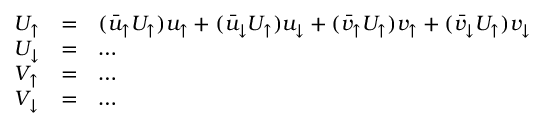
\begin{array} { l l l l } { { U _ { \uparrow } } } & { { = } } & { { ( { \bar { u } _ { \uparrow } } U _ { \uparrow } ) u _ { \uparrow } + ( { \bar { u } _ { \downarrow } } U _ { \uparrow } ) u _ { \downarrow } + ( { \bar { v } _ { \uparrow } } U _ { \uparrow } ) v _ { \uparrow } + ( { \bar { v } _ { \downarrow } } U _ { \uparrow } ) v _ { \downarrow } } } \\ { { U _ { \downarrow } } } & { { = } } & { { \ldots } } \\ { { V _ { \uparrow } } } & { { = } } & { { \ldots } } \\ { { V _ { \downarrow } } } & { { = } } & { { \ldots } } \end{array}